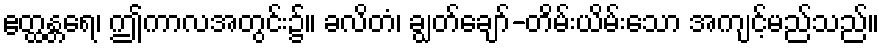
ဧတ္ထန္တရေ၊ ဤကာလအတွင်း၌။ ခလိတံ၊ ချွတ်ချော်-တိမ်းယိမ်းသော အကျင့်မည်သည်။